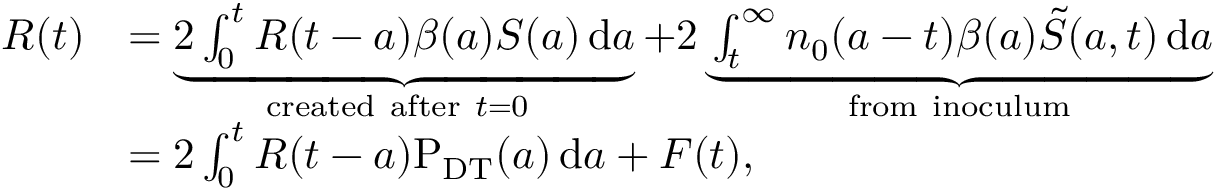
\begin{array} { r l } { R ( t ) } & { = \underbrace { 2 \int _ { 0 } ^ { t } { R ( t - a ) \beta ( a ) S ( a ) \, \mathrm { d } a } } _ { \mathrm { c r e a t e d ~ a f t e r ~ } t = 0 \mathrm { ~ } } + 2 \underbrace { \int _ { t } ^ { \infty } { { { n } _ { 0 } } ( a - t ) \beta ( a ) \tilde { S } ( { a , t } ) \, \mathrm { d } a } } _ { \mathrm { f r o m ~ i n o c u l u m } } } \\ & { = 2 \int _ { 0 } ^ { t } { R ( t - a ) \mathrm { P } _ { \mathrm { D T } } ( a ) \, \mathrm { d } a } + F ( t ) , } \end{array}